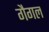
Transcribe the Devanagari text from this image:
गैगल